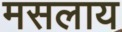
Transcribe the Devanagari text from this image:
मसलाय